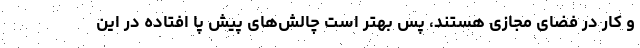
و کار در فضای مجازی هستند، پس بهتر است چالش‌های پیش پا افتاده در این